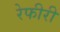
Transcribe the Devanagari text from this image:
रेफीरी